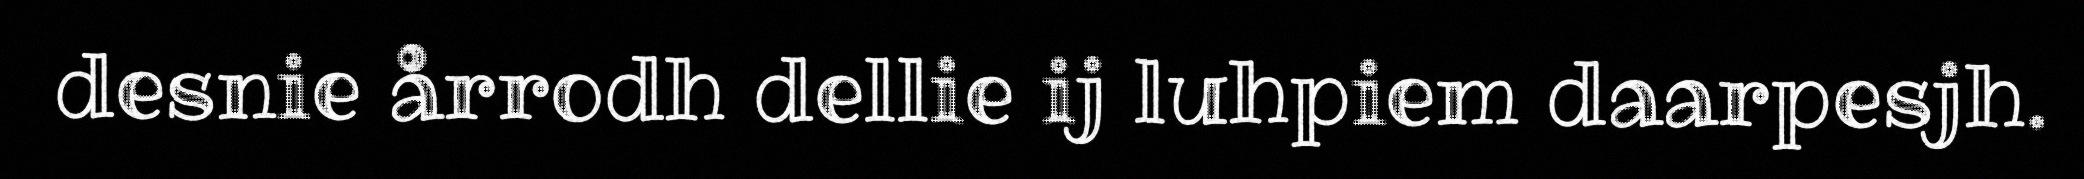
desnie årrodh dellie ij luhpiem daarpesjh.